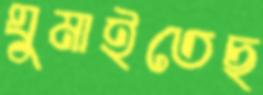
ঘুমাইতেছ